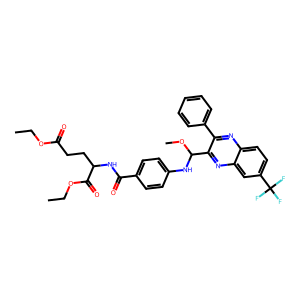
SMILES: CCOC(=O)CCC(NC(=O)c1ccc(NC(OC)c2nc3cc(C(F)(F)F)ccc3nc2-c2ccccc2)cc1)C(=O)OCC
Inhibits HIV replication: No